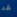
قد